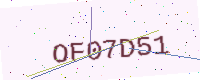
Text: OF07D51